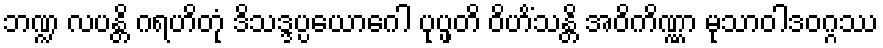
ဘဏ္ဍ လပန္တိ ဂရဟိတုံ ဒိသဒ္ဒပ္ပယောဂေါ ပုပ္ဖတိ ဝိဟိံသန္တိ အဝိကိဏ္ဏာ မုသာဝါဒဝဂ္ဂဿ